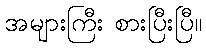
အများကြီး စားပြီးပြီ။